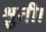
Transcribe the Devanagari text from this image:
श्रुती।